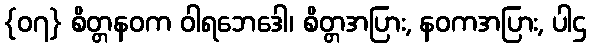
{၀၇} စိတ္တနဝက ဝါရဘေဒေါ၊ စိတ္တအပြား, နဝကအပြား, ပါဌ